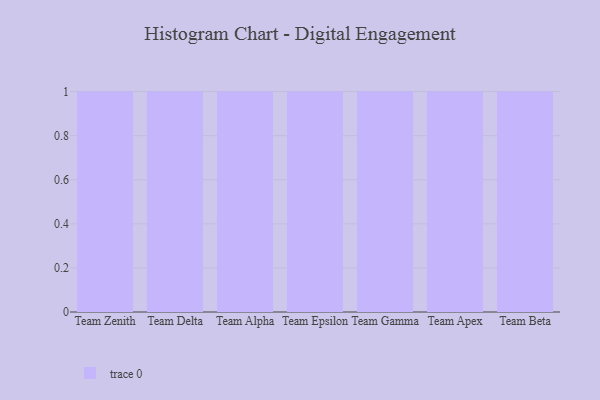
{"axis": {"x": "Team", "y": "Headcount"}, "legend": [""], "data": [{"x": "Team Zenith", "y": 90, "type": ""}, {"x": "Team Delta", "y": 82, "type": ""}, {"x": "Team Alpha", "y": 100, "type": ""}, {"x": "Team Epsilon", "y": 40, "type": ""}, {"x": "Team Gamma", "y": 32, "type": ""}, {"x": "Team Apex", "y": 100, "type": ""}, {"x": "Team Beta", "y": 2, "type": ""}]}